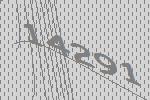
14291